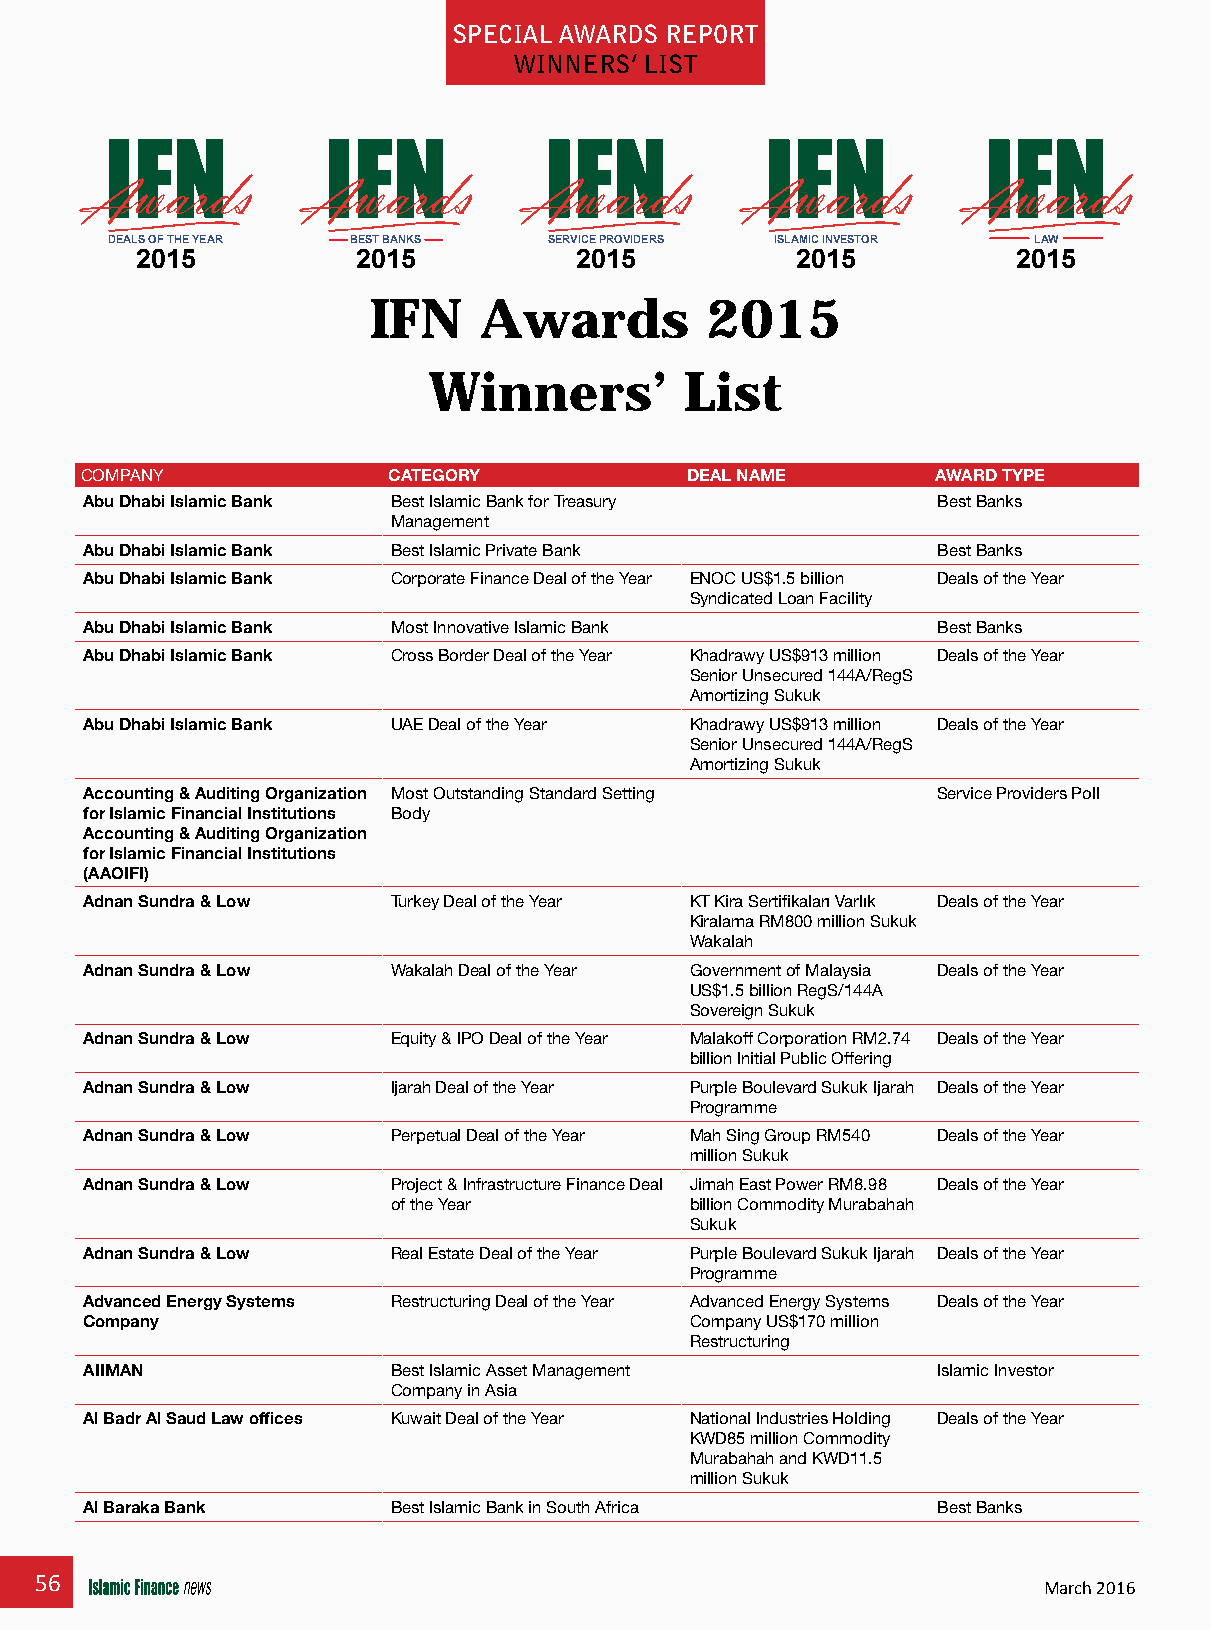
special awards repOrT
 winners’ lisT
 DEALS OF THE YEAR BEST BANKS SERVICE PROVIDERS ISLAMIC INVESTOR LAW
 2015           2015          2015           2015          2015
 IFN     Awards         2015
 Winners’         List
 COMPANY              CATEGORY           DEAL NAME        AWARD TYPE
 Abu Dhabi Islamic Bank Best Islamic Bank for Treasury   Best Banks
 Management
 Abu Dhabi Islamic Bank Best Islamic Private Bank        Best Banks
 Abu Dhabi Islamic Bank Corporate Finance Deal of the Year ENOC US$1.5 billion Deals of the Year
 Syndicated Loan Facility
 Abu Dhabi Islamic Bank Most Innovative Islamic Bank     Best Banks
 Abu Dhabi Islamic Bank Cross Border Deal of the Year Khadrawy US$913 million Deals of the Year
 Senior Unsecured 144A/RegS
 Amortizing Sukuk
 Abu Dhabi Islamic Bank UAE Deal of the Year Khadrawy US$913 million Deals of the Year
 Senior Unsecured 144A/RegS
 Amortizing Sukuk
 Accounting & Auditing Organization Most Outstanding Standard Setting Service Providers Poll
 for Islamic Financial Institutions Body
 Accounting & Auditing Organization
 for Islamic Financial Institutions
 (AAOIFI)
 Adnan Sundra & Low  Turkey Deal of the Year KT Kira Sertifikaları Varlık Deals of the Year
 Kiralama RM800 million Sukuk
 Wakalah
 Adnan Sundra & Low  Wakalah Deal of the Year Government of Malaysia Deals of the Year
 US$1.5 billion RegS/144A
 Sovereign Sukuk
 Adnan Sundra & Low  Equity & IPO Deal of the Year Malakoff Corporation RM2.74 Deals of the Year
 billion Initial Public Offering
 Adnan Sundra & Low  Ijarah Deal of the Year Purple Boulevard Sukuk Ijarah Deals of the Year
 Programme
 Adnan Sundra & Low  Perpetual Deal of the Year Mah Sing Group RM540 Deals of the Year
 million Sukuk
 Adnan Sundra & Low  Project & Infrastructure Finance Deal Jimah East Power RM8.98 Deals of the Year
 of the Year         billion Commodity Murabahah
 Sukuk
 Adnan Sundra & Low  Real Estate Deal of the Year Purple Boulevard Sukuk Ijarah Deals of the Year
 Programme
 Advanced Energy Systems Restructuring Deal of the Year Advanced Energy Systems Deals of the Year
 Company                                 Company US$170 million
 Restructuring
 AIIMAN              Best Islamic Asset Management       Islamic Investor
 Company in Asia
 Al Badr Al Saud Law offices Kuwait Deal of the Year National Industries Holding Deals of the Year
 KWD85 million Commodity
 Murabahah and KWD11.5
 million Sukuk
 Al Baraka Bank      Best Islamic Bank in South Africa   Best Banks
 56
 March 2016